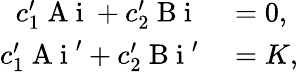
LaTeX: \begin{array}{rl}{c_{1}^{\prime}\mathrm{~A~i~}+c_{2}^{\prime}\mathrm{~B~i~}}&{{}=0,}\\ {c_{1}^{\prime}\mathrm{~A~i~}^{\prime}+c_{2}^{\prime}\mathrm{~B~i~}^{\prime}}&{{}=K,}\end{array}